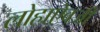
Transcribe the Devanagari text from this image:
लोहाऐवजी